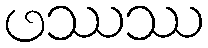
ဖဿဿ